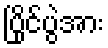
ပြိုင်ပွဲအား